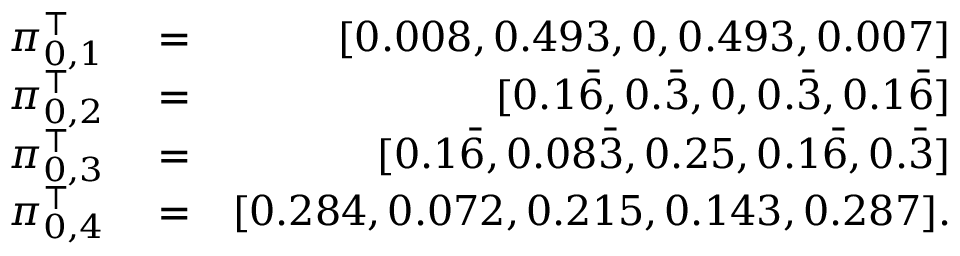
\begin{array} { r l r } { \pi _ { 0 , 1 } ^ { \top } } & { { } = } & { [ 0 . 0 0 8 , 0 . 4 9 3 , 0 , 0 . 4 9 3 , 0 . 0 0 7 ] } \\ { \pi _ { 0 , 2 } ^ { \top } } & { { } = } & { [ 0 . 1 \bar { 6 } , 0 . \bar { 3 } , 0 , 0 . \bar { 3 } , 0 . 1 \bar { 6 } ] } \\ { \pi _ { 0 , 3 } ^ { \top } } & { { } = } & { [ 0 . 1 \bar { 6 } , 0 . 0 8 \bar { 3 } , 0 . 2 5 , 0 . 1 \bar { 6 } , 0 . \bar { 3 } ] } \\ { \pi _ { 0 , 4 } ^ { \top } } & { { } = } & { [ 0 . 2 8 4 , 0 . 0 7 2 , 0 . 2 1 5 , 0 . 1 4 3 , 0 . 2 8 7 ] . } \end{array}